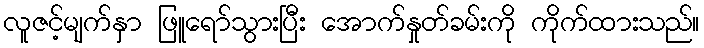
လူဇင့်မျက်နှာ ဖြူရော်သွားပြီး အောက်နှုတ်ခမ်းကို ကိုက်ထားသည်။